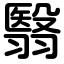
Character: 翳